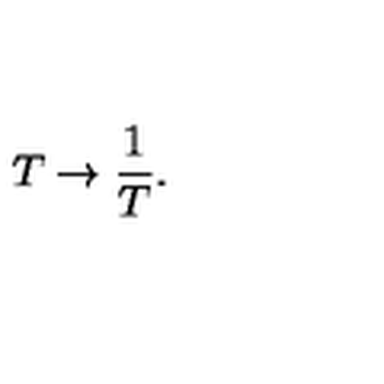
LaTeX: T \rightarrow { \frac { 1 } { T } } .